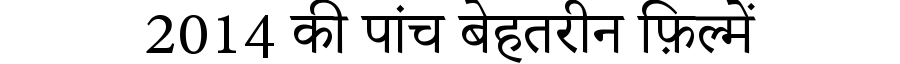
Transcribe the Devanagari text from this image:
2014 की पांच बेहतरीन फ़िल्में